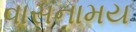
વાસનામય